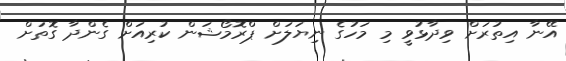
އޭނާ އިތުރަށް ވިދާޅުވީ މި މަހުގެ ނިޔަލަށް ޕްރޮމޯޝަން ކުރިއަށް ގެންދާ ގޮތަށް